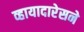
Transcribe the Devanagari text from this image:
व्हायादारेसने